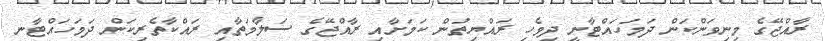
ރާއްްޖޭގެ މިނިވަންކަން ދަމަހައްޓާނީ ދިވެހި ރައްޔިތުން ކަމަށާއި ރާއްޖޭގެ ސަލާމަތާއި ރައްކާތެރިކަން ދަމަހައްޓާނ